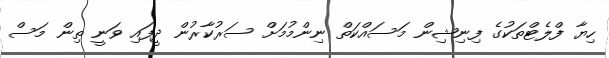
ހިޔާ ފްލެޓްތަކުގެ ފިނިޝިން މަސައްކަތް ނިންމުމަށް ސަރުކާރުން ދީފައި ވަނީ ތިން މަސް